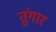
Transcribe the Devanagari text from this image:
तुंगार